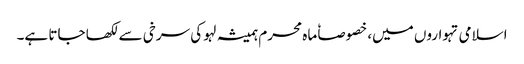
اسلامی تہواروں میں، خصوصاٗ ماہ محرم ہمیشہ لہو کی سرخی سے لکھا جاتا ہے۔